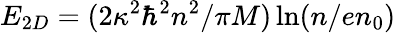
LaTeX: E_{2D}=(2\kappa^{2}\hbar^{2}n^{2}/\pi M)\ln(n/en_{0})